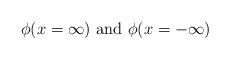
LaTeX: \begin{align*}\phi (x=\infty )\textrm{ and }\phi (x=-\infty )\end{align*}